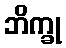
ဘိက္ခု